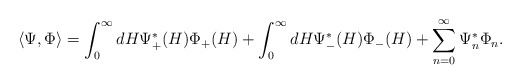
\begin{align*}\langle \Psi ,\Phi \rangle =\int _{0}^{\infty }dH\Psi _{+}^{*}(H)\Phi _{+}(H)+\int _{0}^{\infty }dH\Psi _{-}^{*}(H)\Phi _{-}(H)+\sum _{n=0}^{\infty }\Psi _{n}^{*}\Phi _{n}.\end{align*}